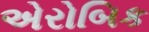
એરોબિક